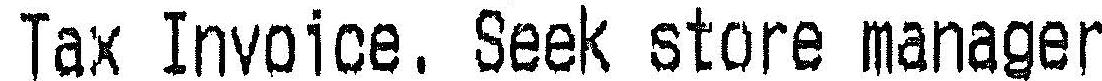
TAX INVOICE, SEEK STORE MANAGER